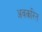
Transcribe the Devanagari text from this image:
अवकरित